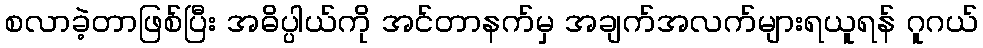
စလာခဲ့တာဖြစ်ပြီး အဓိပ္ပါယ်ကို အင်တာနက်မှ အချက်အလက်များရယူရန် ဂူဂယ်